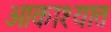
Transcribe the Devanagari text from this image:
आकाश्यात